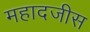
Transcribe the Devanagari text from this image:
महादजीस